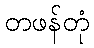
တဖန်တုံ